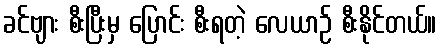
ခင်ဗျား စီးပြီးမှ ပြောင်း စီးရတဲ့ လေယာဉ် စီးနိုင်တယ်။